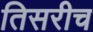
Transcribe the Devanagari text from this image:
तिसरीच